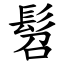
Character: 髫